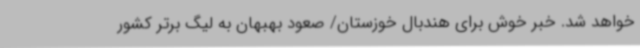
خواهد شد. خبر خوش برای هندبال خوزستان/ صعود بهبهان به لیگ برتر کشور